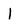
Character: l